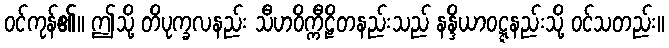
ဝင်ကုန်၏။ ဤသို့ တိပုက္ခလနည်း သီဟဝိက္ကီဠိတနည်းသည် နန္ဒိယာဝဋ္ဋနည်းသို့ ဝင်သတည်း။